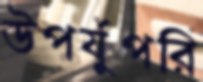
উপর্যুপরি